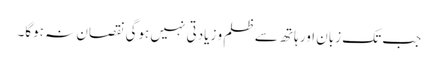
جب تک زبان اور ہاتھ سے ظلم و زیادتی نہیں ہوگی نقصان نہ ہوگا۔